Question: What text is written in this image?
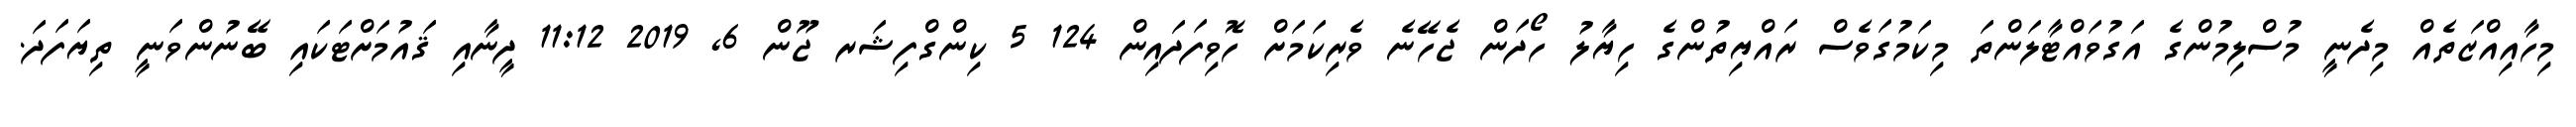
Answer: މިހާއިއްޒަތެއް މިދެނީ މުސްލިމުންގެ އަގުވައްޓާލަންތަ މިކަމުގަވެސް ރައްޔިތުންގެ ހިޔާލު ހޯދަން ޖެހޭނެ ވެރިކަމަށް ހޮވިފަދައިން 124 5 ކިންގްފިޝަރ ޖޫން 6, 2019 11:12 ދީނާއި ޤައުމަށްޓަކައި ބޭނުންވަނީ ތިޔަފަދަ.